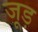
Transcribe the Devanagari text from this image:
जूड़